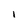
Character: i